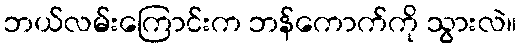
ဘယ်လမ်းကြောင်းက ဘန်ကောက်ကို သွားလဲ။